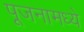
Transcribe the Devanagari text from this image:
पूजनामध्ये